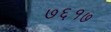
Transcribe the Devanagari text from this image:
७६१७